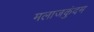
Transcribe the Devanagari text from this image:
मलाजकुंदम